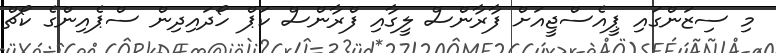
މި ސިޒަންގައި ޕީއެސްޖީއަށް ފާރާންސް ލީގާއި ފްރާންސް ކަޕް ހޯދައިދިން ސްޕެއިންގެ ކޯޗް